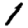
Digit: 1